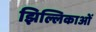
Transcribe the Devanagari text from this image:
झिल्लिकाओं